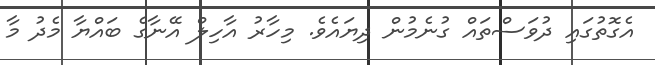
އެގޮތުގައި ދުވަސްތައް ގުނެމުން ދިޔައެވެ. މިހާރު އާހިލް އޭނާގެ ބައްޔާ މެދު މާ